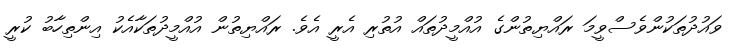
ވައުދުތަކުންވެސްވީމަ ރައްޔިތުންގެ އުއްމީދުތައް އުތުރި އެރީ އެވެ. ރައްޔިތުން އުއްމީދުތަކާއެކު އިންތިހާބު ކުރީ